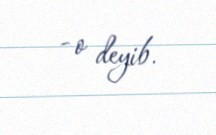
- o deyib.